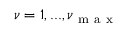
\nu = 1 , . . . , \nu _ { \mathrm { ~ m ~ a ~ x ~ } }